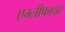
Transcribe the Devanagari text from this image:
एम्लीफायर